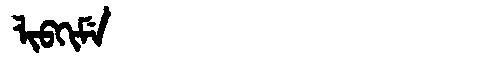
Manchu: ᠯᡳᠪᡴᡳᠮᡝ
Romanization: LIBKIME